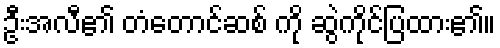
ဦးအလီ၏ တံတောင်ဆစ် ကို ဆွဲကိုင်ပြထား၏။